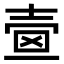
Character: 𡔫